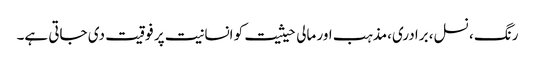
رنگ ، نسل، برادری،مذہب اور مالی حیثیت کو انسانیت پر فوقیت دی جاتی ہے۔